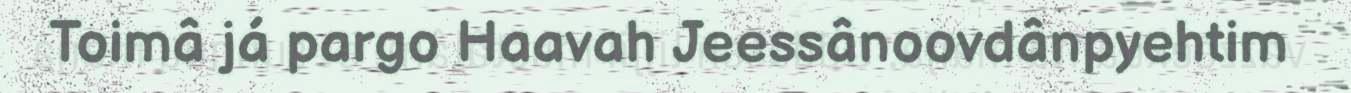
Toimâ já pargo Haavah Jeessânoovdânpyehtim